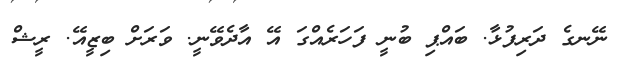
ނޭނގެ ދަރިފުޅާ. ބައްޕި ބުނީ ފަހަރެއްގަ އޭ އާދެވޭނީ. ވަރަށް ބިޒީއޭ. ރީޝް